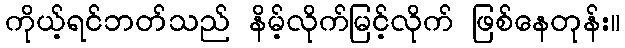
ကိုယ့်ရင်ဘတ်သည် နိမ့်လိုက်မြင့်လိုက် ဖြစ်နေတုန်း။